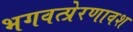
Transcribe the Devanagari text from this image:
भगवत्प्रेरणावश